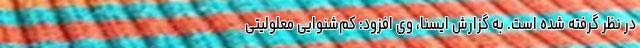
در نظر گرفته شده است. به گزارش ایسنا، وی افزود: کم‌شنوایی معلولیتی